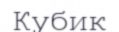
Кубик